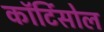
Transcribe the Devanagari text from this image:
कॉर्टिसोल